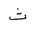
Letter: _tha